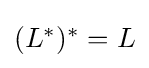
{\textstyle (L^{*})^{*}=L}